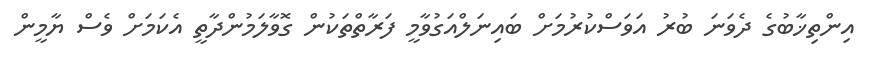
އިންތިޚާބުގެ ދެވަނަ ބުރު އަވަސްކުރުމަށް ބައިނަލްއަގުވާމީ ފަރާތްތަކުން ގޮވާލަމުންދާތީ އެކަމަށް ވެސް ޔާމީން